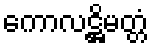
ကောလဋ္ဌိမတ္တံ